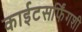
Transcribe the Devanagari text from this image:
काईटसर्फिंगशी